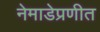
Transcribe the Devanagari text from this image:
नेमाडेप्रणीत